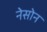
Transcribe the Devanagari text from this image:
नेसोन